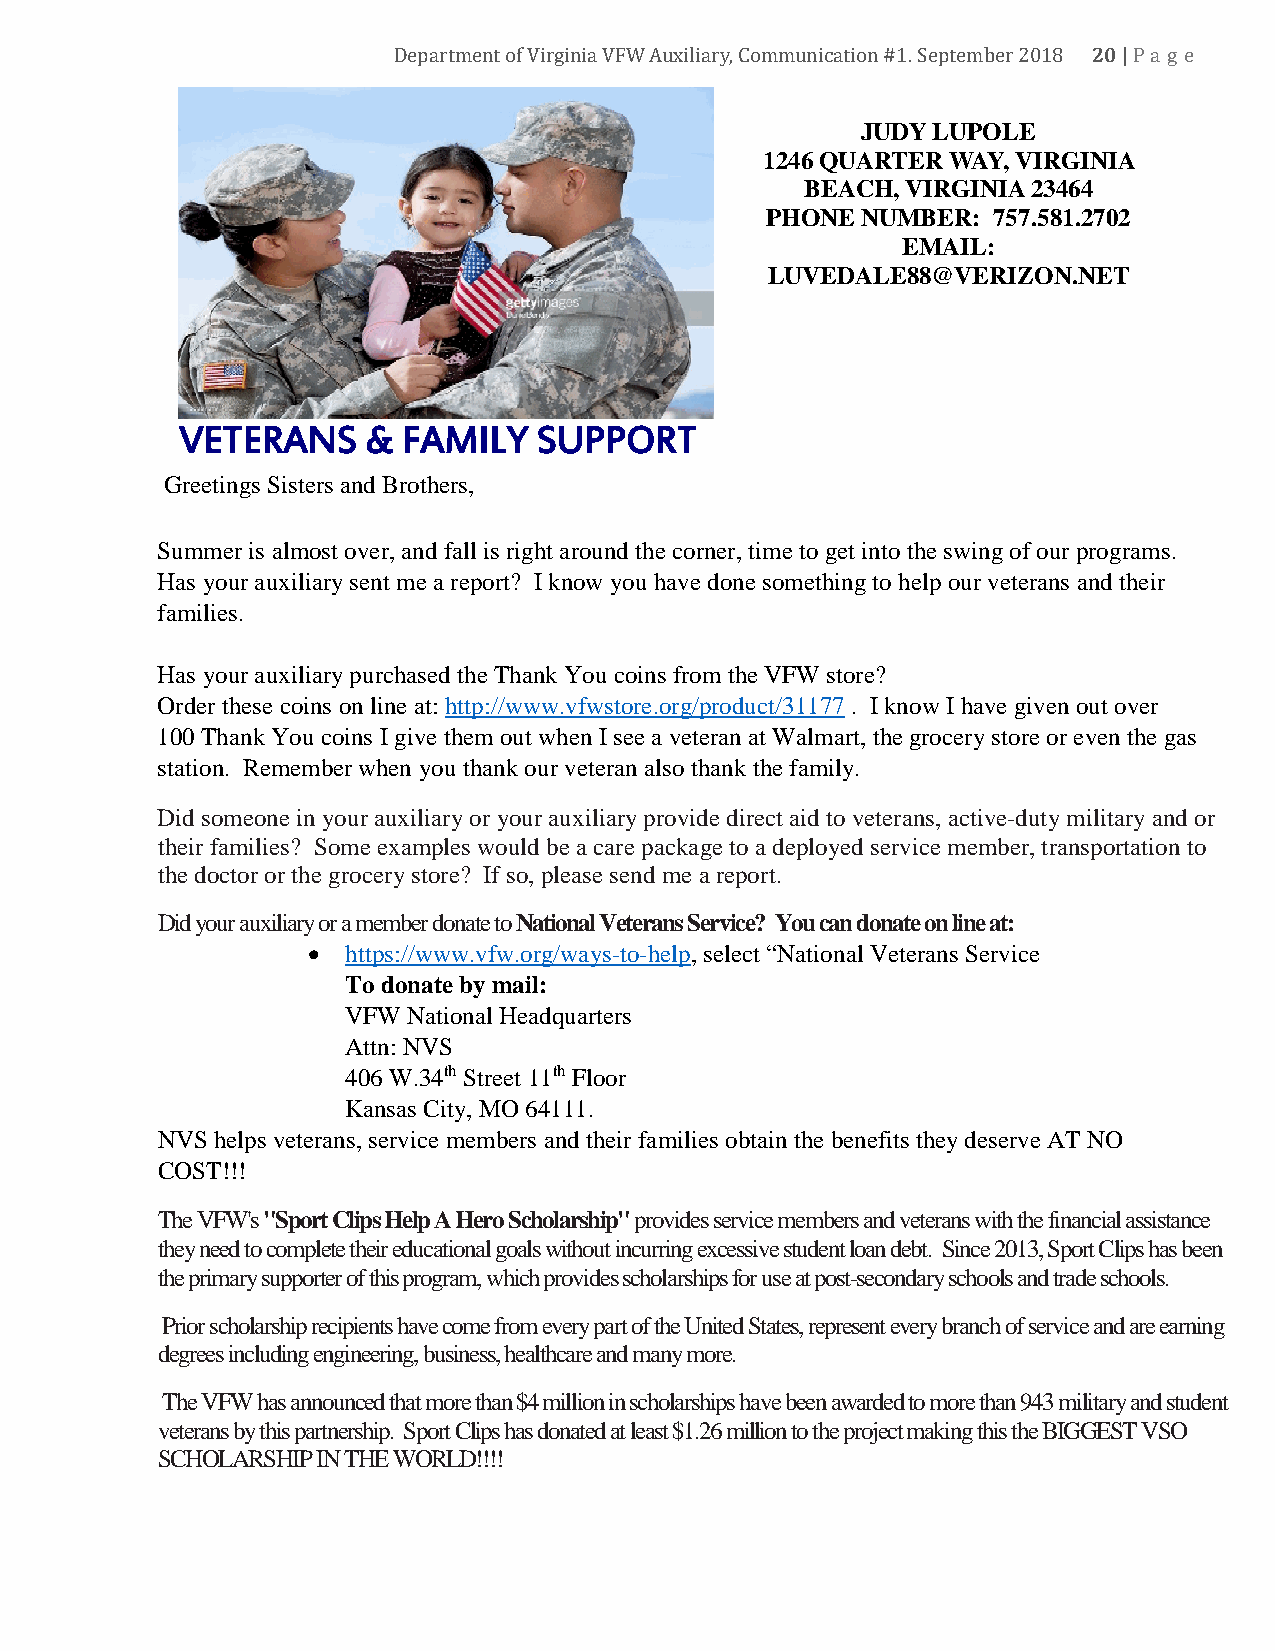
20
 Department of Virginia VFW Auxiliary, Communication #1. Sep t e m b e r 2 0 1 8 | P a g e
 JUDY LUPOLE
 1246 QUARTER WAY, VIRGINIA
 BEACH, VIRGINIA 23464
 PHONE NUMBER:  757.581.2702
 EMAIL:
 LUVEDALE88@VERIZON.NET
 VETERANS    &  FAMILY   SUPPORT
 Greetings Sisters and Brothers,
 Summer is almost over, and fall is right around the corner, time to get into the swing of our programs.
 Has your auxiliary sent me a report? I know you have done something to help our veterans and their
 families.
 Has your auxiliary purchased the Thank You coins from the VFW store?
 Order these coins on line at: http://www.vfwstore.org/product/31177 . I know I have given out over
 100 Thank You coins I give them out when I see a veteran at Walmart, the grocery store or even the gas
 station. Remember when you thank our veteran also thank the family.
 Did someone in your auxiliary or your auxiliary provide direct aid to veterans, active-duty military and or
 their families? Some examples would be a care package to a deployed service member, transportation to
 the doctor or the grocery store? If so, please send me a report.
 Did your auxiliary or a member donate to National Veterans Service? You can donate on line at:
 •  https://www.vfw.org/ways-to-help, select “National Veterans Service
 To donate by mail:
 VFW National Headquarters
 Attn: NVS
 406 W.34th Street 11th Floor
 Kansas City, MO 64111.
 NVS helps veterans, service members and their families obtain the benefits they deserve AT NO
 COST!!!
 The VFW's "Sport Clips Help A Hero Scholarship" provides service members and veterans with the financial assistance
 they need to complete their educational goals without incurring excessive student loan debt. Since 2013, Sport Clips has been
 the primary supporter of this program, which provides scholarships for use at post-secondary schools and trade schools.
 Prior scholarship recipients have come from every part of the United States, represent every branch of service and are earning
 degrees including engineering, business, healthcare and many more.
 The VFW has announced that more than $4 million in scholarships have been awarded to more than 943 military and student
 veterans by this partnership. Sport Clips has donated at least $1.26 million to the project making this the BIGGEST VSO
 SCHOLARSHIP IN THE WORLD!!!!